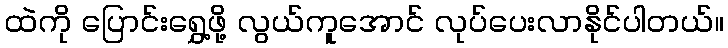
ထဲကို ပြောင်းရွှေ့ဖို့ လွယ်ကူအောင် လုပ်ပေးလာနိုင်ပါတယ်။